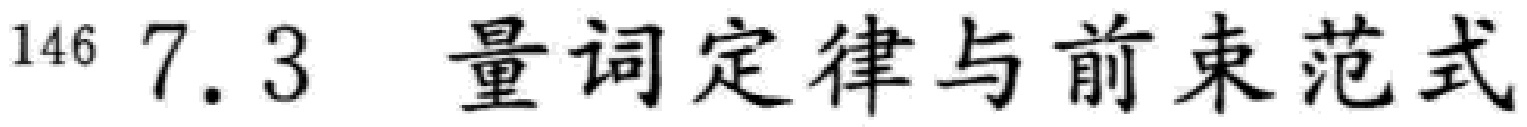
$^{146} 7.3 \ 量词定律与前束范式$